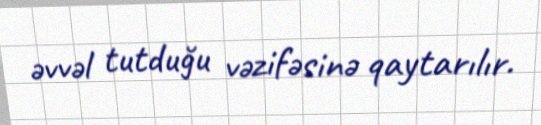
əvvəl tutduğu vəzifəsinə qaytarılır.